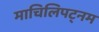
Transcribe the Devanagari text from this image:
माचिलिपट्नम